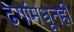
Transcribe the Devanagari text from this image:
ढगांमधूनही